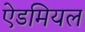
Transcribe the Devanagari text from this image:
ऐडमियल